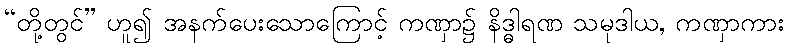
“တို့တွင်” ဟူ၍ အနက်ပေးသောကြောင့် ကဏှာ၌ နိဒ္ဓါရဏ သမုဒါယ, ကဏှာကား